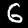
Label: 6